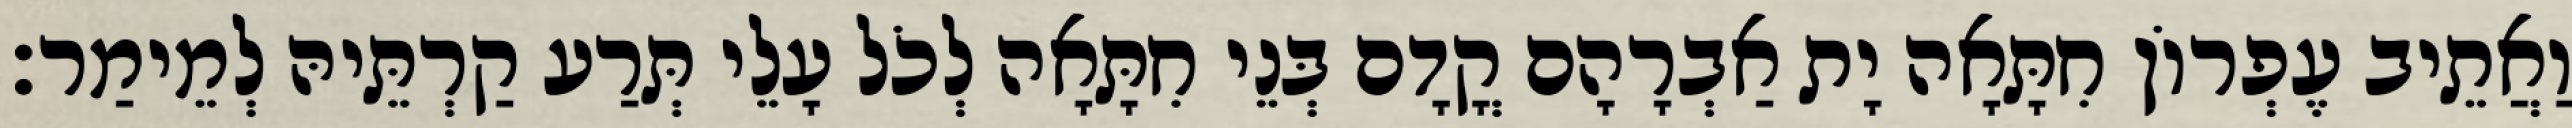
וַאֲתֵיב עֶפְרוֹן חִתָּאָה יָת אַבְרָהָם קֳדָם בְּנֵי חִתָּאָה לְכֹל עָלֵי תְּרַע קַרְתֵּיהּ לְמֵימַר׃